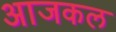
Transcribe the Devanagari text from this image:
अाजकल